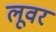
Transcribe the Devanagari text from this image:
लूवर